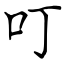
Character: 叮